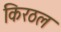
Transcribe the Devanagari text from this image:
किरठल